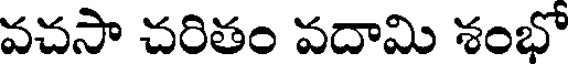
వచసా చరితం వదామి శంభో